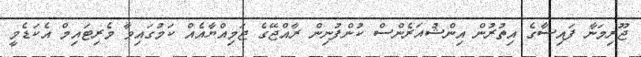
ޖޫރިމަނާ ފައިސާގެ އިތުރުން އިންޝުއަރެންސް ކުންފުނިން ރާއްޖޭގެ ޖަމިއްޔާއެއް ކަމުގައިވާ މެރިޓައިމް އެކަޑެމީ